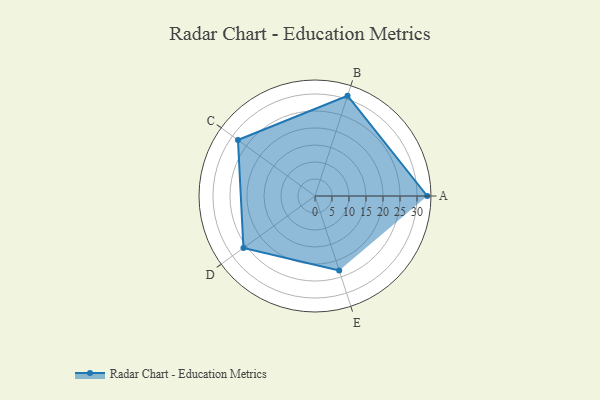
{"axis": {"x": "Skill", "y": "Score"}, "legend": ["Profile"], "data": [{"x": "A", "y": 33.0, "type": "Profile"}, {"x": "B", "y": 31.0, "type": "Profile"}, {"x": "C", "y": 28.0, "type": "Profile"}, {"x": "D", "y": 26.0, "type": "Profile"}, {"x": "E", "y": 23.0, "type": "Profile"}]}